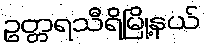
ဥတ္တရသီရိမြို့နယ်